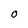
Character: O